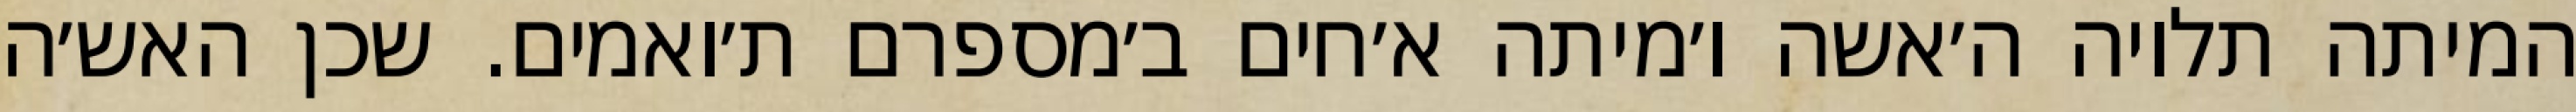
המיתה תלויה ה׳אשה ו׳מיתה א׳חים ב׳מספרם ת׳ואמים. שכן האש׳ה